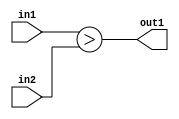
`timescale 1ps / 1ps
/*****************************************************************************
    Verilog RTL Description
    
    
    Created by: Stratus DpOpt 21.05.01 
*******************************************************************************/

module SobelFilter_LessThan_8Ux8U_1U_4 (
	in2,
	in1,
	out1
	); /* architecture "behavioural" */ 
input [7:0] in2,
	in1;
output  out1;
wire  asc001;

assign asc001 = (in1>in2);

assign out1 = asc001;
endmodule

/* CADENCE  urf0TA0= : u9/ySxbfrwZIxEzHVQQV8Q== ** DO NOT EDIT THIS LINE ******/